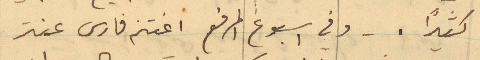
كثيراً. وفي اسبوع المرفع اغتنم فارس عنتر